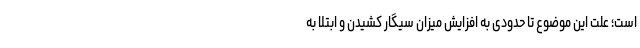
است؛ علت این موضوع تا حدودی به افزایش میزان سیگار کشیدن و ابتلا به